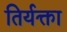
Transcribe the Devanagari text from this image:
तिर्यक्ता